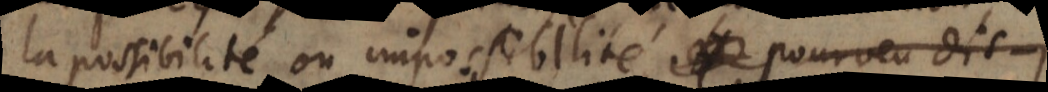
la possibilité ou impossibilité pourveu, dis‐je,